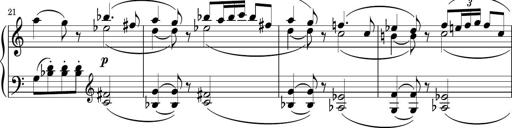
Title: Sonatina PandemÃ³nium
Composer: VÃ­ctor Carbajo
Key: C major